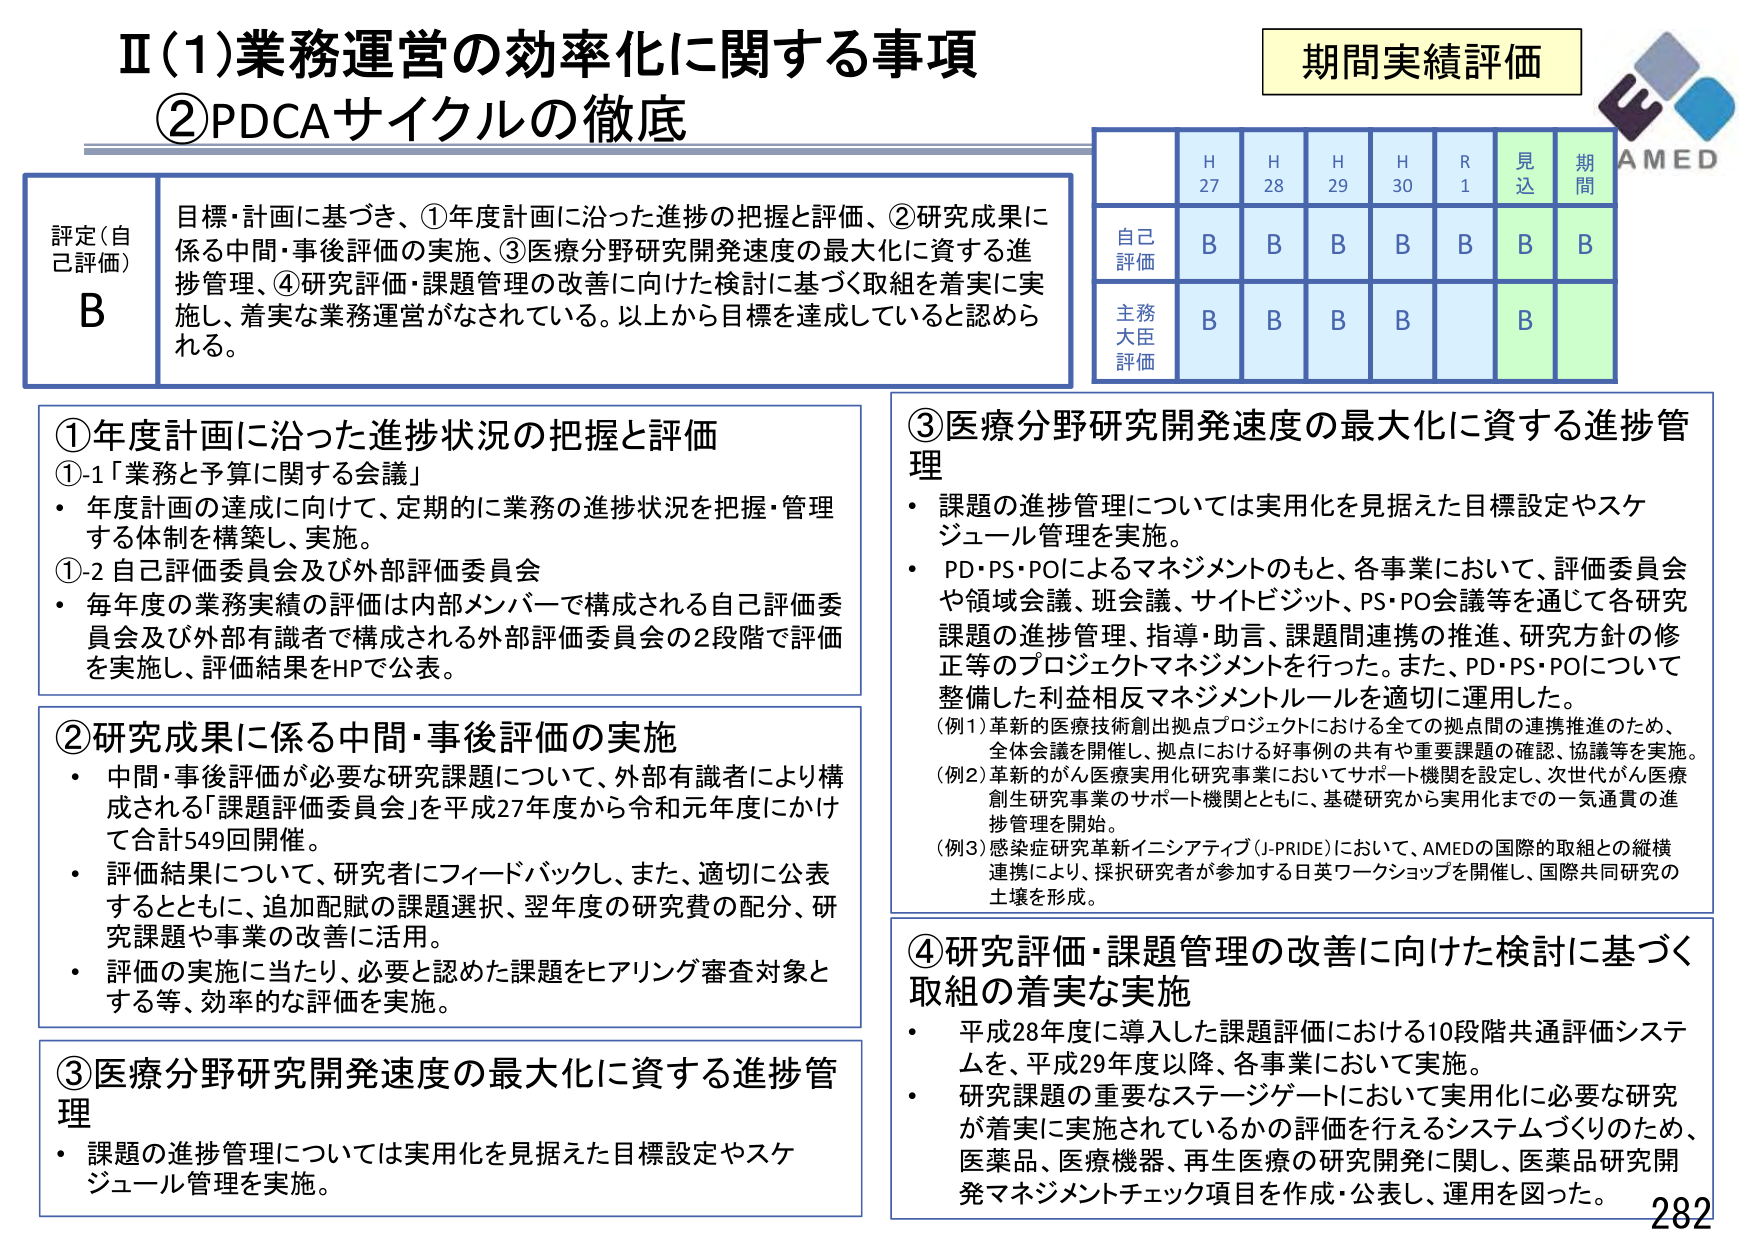
Ⅱ(1)業務運営の効率化に関する事項
②PDCAサイクルの徹底

期間実績評価
AMED

評定(自己評価)
B
目標・計画に基づき、①年度計画に沿った進捗の把握と評価、②研究成果に係る中間・事後評価の実施、③医療分野研究開発速度の最大化に資する進捗管理、④研究評価・課題管理の改善に向けた検討に基づく取組を着実に実施し、着実な業務運営がなされている。以上から目標を達成していると認められる。

H27 H28 H29 H30 R1 見込 期間
自己評価 B B B B B B B
主務大臣評価 B B B B B

①年度計画に沿った進捗状況の把握と評価
①-1「業務と予算に関する会議」
・年度計画の達成に向けて、定期的に業務の進捗状況を把握・管理する体制を構築し、実施。
①-2 自己評価委員会及び外部評価委員会
・毎年度の業務実績の評価は内部メンバーで構成される自己評価委員会及び外部有識者で構成される外部評価委員会の2段階で評価を実施し、評価結果をHPで公表。

②研究成果に係る中間・事後評価の実施
・中間・事後評価が必要な研究課題について、外部有識者により構成される「課題評価委員会」を平成27年度から令和元年度にかけて合計549回開催。
・評価結果について、研究者にフィードバックし、また、適切に公表するとともに、追加配賦の課題選択、翌年度の研究費の配分、研究課題や事業の改善に活用。
・評価の実施に当たり、必要と認めた課題をヒアリング審査対象とする等、効率的な評価を実施。

③医療分野研究開発速度の最大化に資する進捗管理
・課題の進捗管理については実用化を見据えた目標設定やスケジュール管理を実施。
・PD・PS・POによるマネジメントのもと、各事業において、評価委員会や領域会議、班会議、サイトビジット、PS・PO会議等を通じて各研究課題の進捗管理、指導・助言、課題間連携の推進、研究方針の修正等のプロジェクトマネジメントを行った。また、PD・PS・POについて整備した利益相反マネジメントルールを適切に運用した。
（例1）革新的医療技術創出拠点プロジェクトにおける全ての拠点間の連携推進のため、全体会議を開催し、拠点における好事例の共有や重要課題の確認、協議等を実施。
（例2）革新的がん医療実用化研究事業においてサポート機関を設定し、次世代がん医療創生研究事業のサポート機関とともに、基礎研究から実用化までの一気通貫の進捗管理を開始。
（例3）感染症研究革新イニシアティブ（J-PRIDE）において、AMEDの国際的取組との縦横連携により、採択研究者が参加する日英ワークショップを開催し、国際共同研究の土壌を形成。

④研究評価・課題管理の改善に向けた検討に基づく取組の着実な実施
・平成28年度に導入した課題評価における10段階共通評価システムを、平成29年度以降、各事業において実施。
・研究課題の重要なステージゲートにおいて実用化に必要な研究が着実に実施されているかの評価を行えるシステムづくりのため、医薬品、医療機器、再生医療の研究開発に関し、医薬品研究開発マネジメントチェック項目を作成・公表し、運用を図った。

282